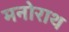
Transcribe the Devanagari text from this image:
मनोराथ